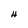
Character: H